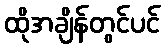
ထိုအချိန်တွင်ပင်